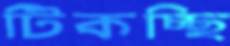
টিকচ্ছি